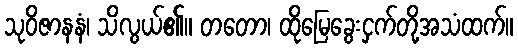
သုဝိဇာနနံ၊ သိလွယ်၏။ တတော၊ ထိုမြေခွေးငှက်တို့အသံထက်။